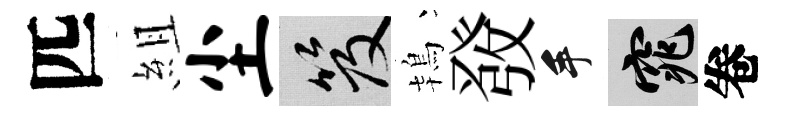
匹組尘笈鴇𤼲手窕卷